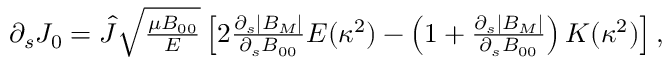
\begin{array} { r } { \partial _ { s } J _ { 0 } = \hat { J } \sqrt { \frac { \mu B _ { 0 0 } } { { \cal E } } } \left[ 2 \frac { \partial _ { s } | B _ { M } | } { \partial _ { s } B _ { 0 0 } } E ( \kappa ^ { 2 } ) - \left( 1 + \frac { \partial _ { s } | B _ { M } | } { \partial _ { s } B _ { 0 0 } } \right) K ( \kappa ^ { 2 } ) \right] , } \end{array}